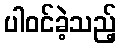
ပါဝင်ခဲ့သည့်